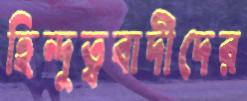
হিন্দুত্ববাদীদের